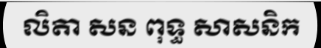
លិតា សន ពុទ្ធ សាសនិក